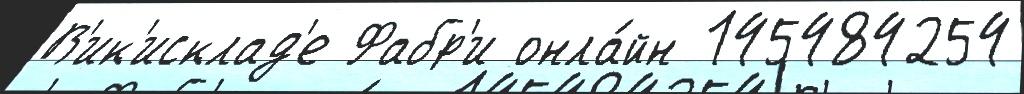
В'ик'исклад'е Фабр'и онла́йн 145484254